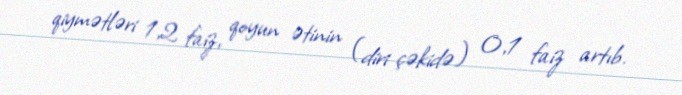
qiymətləri 1,2 faiz, qoyun ətinin (diri çəkidə) 0,1 faiz artıb.